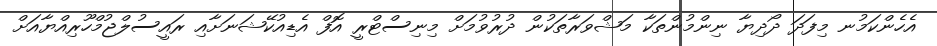
އެހެންކަމުނ މިފަދަ ދޯދިޔާ ނިންމުންތަކާ މަޝްވަރާތަކުން ދުރުވުމަށް މިނިސްޓްރީ އޮފް އެޑިއުކޭޝަނަށާއި ރައީސުލްޖުމްހޫރިއްޔާއަށް